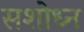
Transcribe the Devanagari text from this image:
सशोध्न